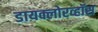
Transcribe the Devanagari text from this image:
डायक्लोरव्हॉस